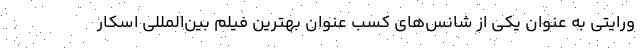
ورایتی به عنوان یکی از شانس‌های کسب عنوان بهترین فیلم بین‌المللی اسکار